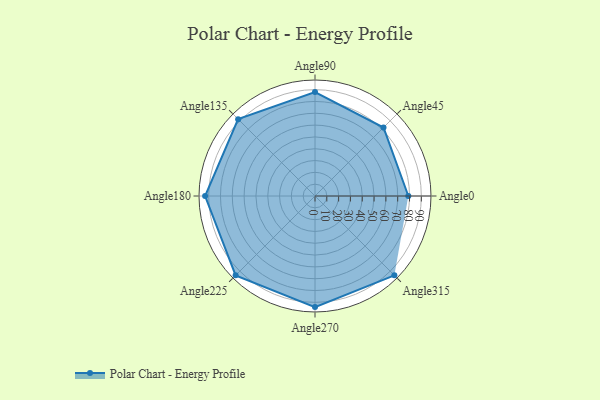
{"axis": {"x": "Angle", "y": "Radius"}, "legend": [""], "data": [{"x": "Angle0", "y": 79.0, "type": ""}, {"x": "Angle45", "y": 82.0, "type": ""}, {"x": "Angle90", "y": 88.0, "type": ""}, {"x": "Angle135", "y": 92.0, "type": ""}, {"x": "Angle180", "y": 93.0, "type": ""}, {"x": "Angle225", "y": 95.0, "type": ""}, {"x": "Angle270", "y": 94.0, "type": ""}, {"x": "Angle315", "y": 95.0, "type": ""}]}